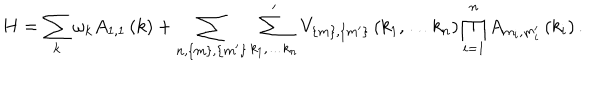
LaTeX: H = \sum _ { k } \omega _ { k } A _ { 1 , 1 } \left( k \right) + \sum _ { n , \left\{ m \right\} , \left\{ m ^ { \prime } \right\} } \sum _ { k _ { 1 } , \ldots k _ { n } } ^ { \prime } V _ { \left\{ m \right\} , \left\{ m ^ { \prime } \right\} } \left( k _ { 1 } , \ldots k _ { n } \right) \prod _ { i = 1 } ^ { n } A _ { m _ { i } , m _ { i } ^ { \prime } } \left( k _ { i } \right) .